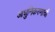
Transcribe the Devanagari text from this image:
आधुनिकरणाची